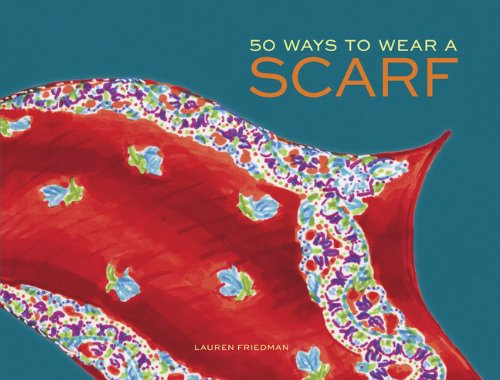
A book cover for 50 Ways to Wear a Scarf; Lauren Friedman; Crafts, Hobbies & Home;